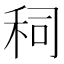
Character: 𰨤